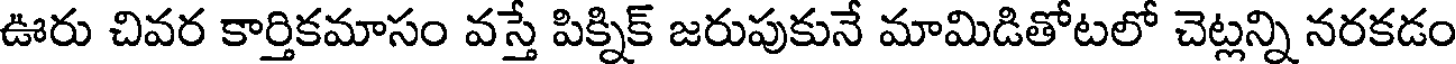
ఊరు చివర కార్తికమాసం వస్తే పిక్నిక్ జరుపుకునే మామిడితోటలో చెట్లన్ని నరకడం